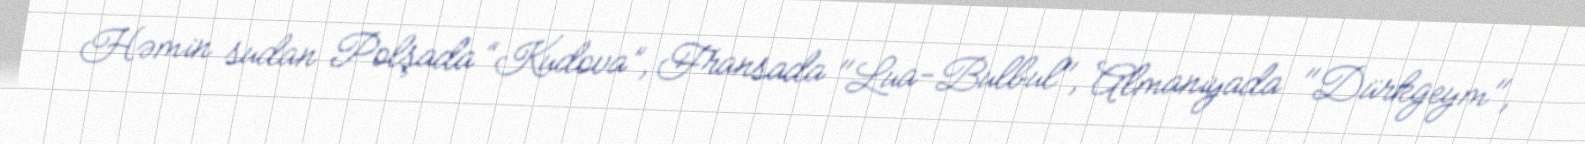
Həmin sudan Polşada “Kudova”, Fransada "Lua-Bulbul", Almaniyada "Dürkgeym",